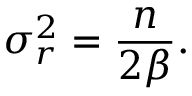
\sigma _ { r } ^ { 2 } = \frac { n } { 2 \beta } .